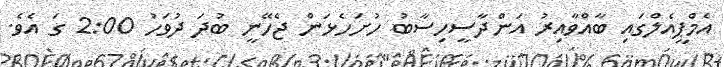
އެމްޕީއެލްގައި ބާއްވާއިރު އަންދާސީހިސާބު ހުށަހެޅަން ޖެހޭނީ ބުދަ ދުވަހު 2:00 ގަ އެވެ.